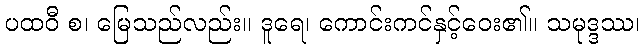
ပထဝီ စ၊ မြေသည်လည်း။ ဒူရေ၊ ကောင်းကင်နှင့်ဝေး၏။ သမုဒ္ဒဿ၊